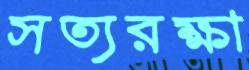
সত্যরক্ষা